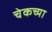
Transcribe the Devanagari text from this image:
चेकच्या